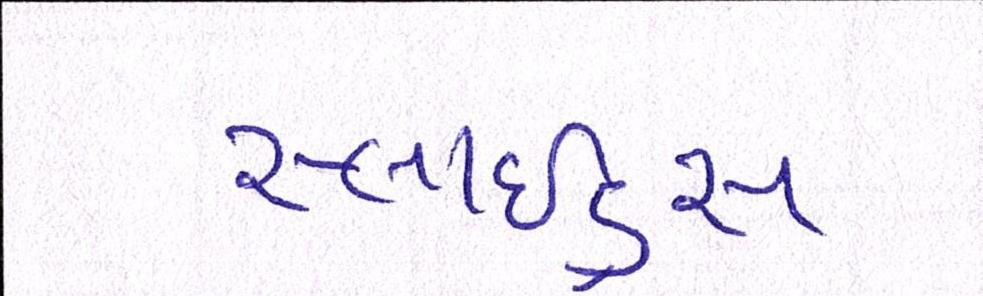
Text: સ્લાઇડ્સ